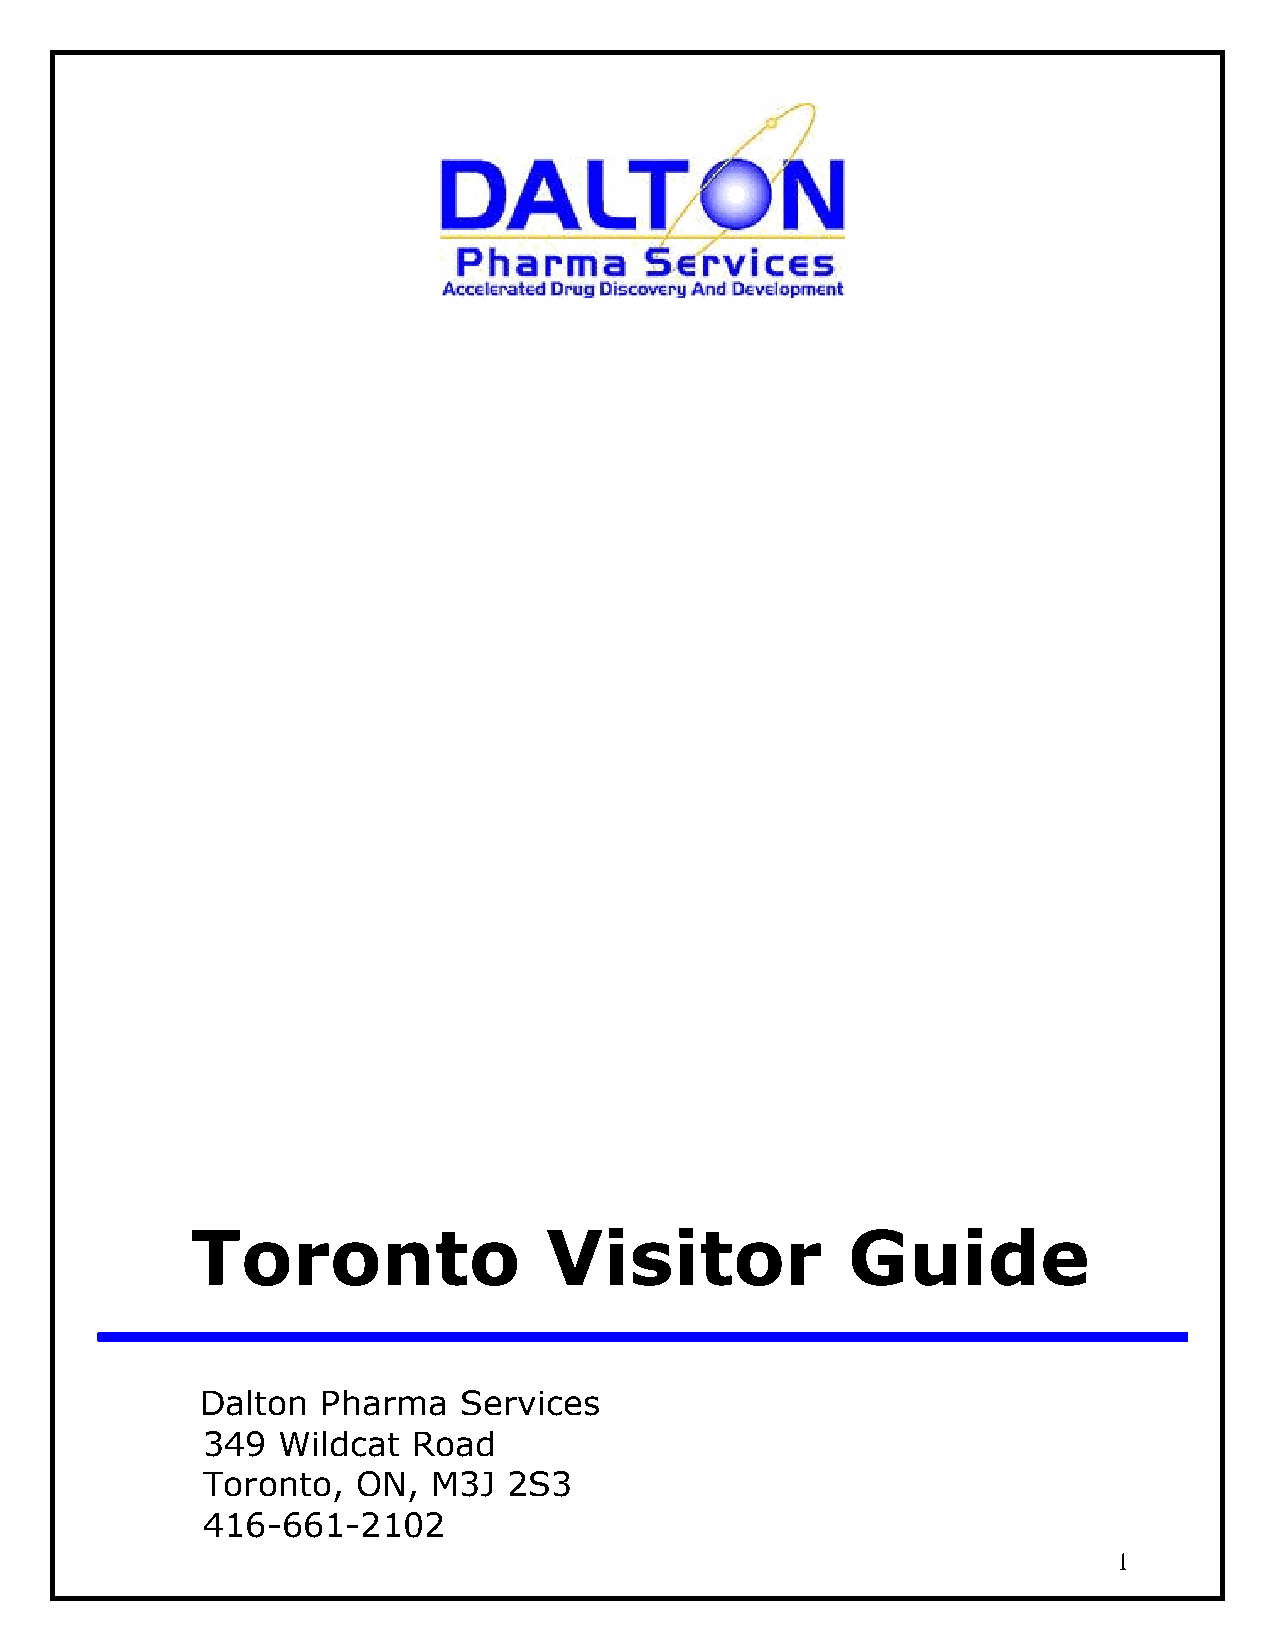
Toronto                Visitor             Guide
 Dalton  Pharma   Services
 349  Wildcat  Road
 Toronto,   ON,  M3J  2S3
 416-661-2102
 1